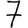
Digit: 7